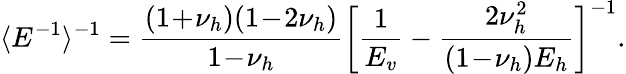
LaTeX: \langle E^{-1}\rangle^{-1}=\frac{(1\! +\! \nu_{h})(1\! -\! 2\nu_{h})}{1\! -\! \nu_{h}}\biggl[\frac{1}{E_{v}}-\frac{2\nu_{h}^{2}}{(1\! -\! \nu_{h})E_{h}}\biggr]^{-1}.